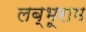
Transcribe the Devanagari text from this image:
लब्भूराम